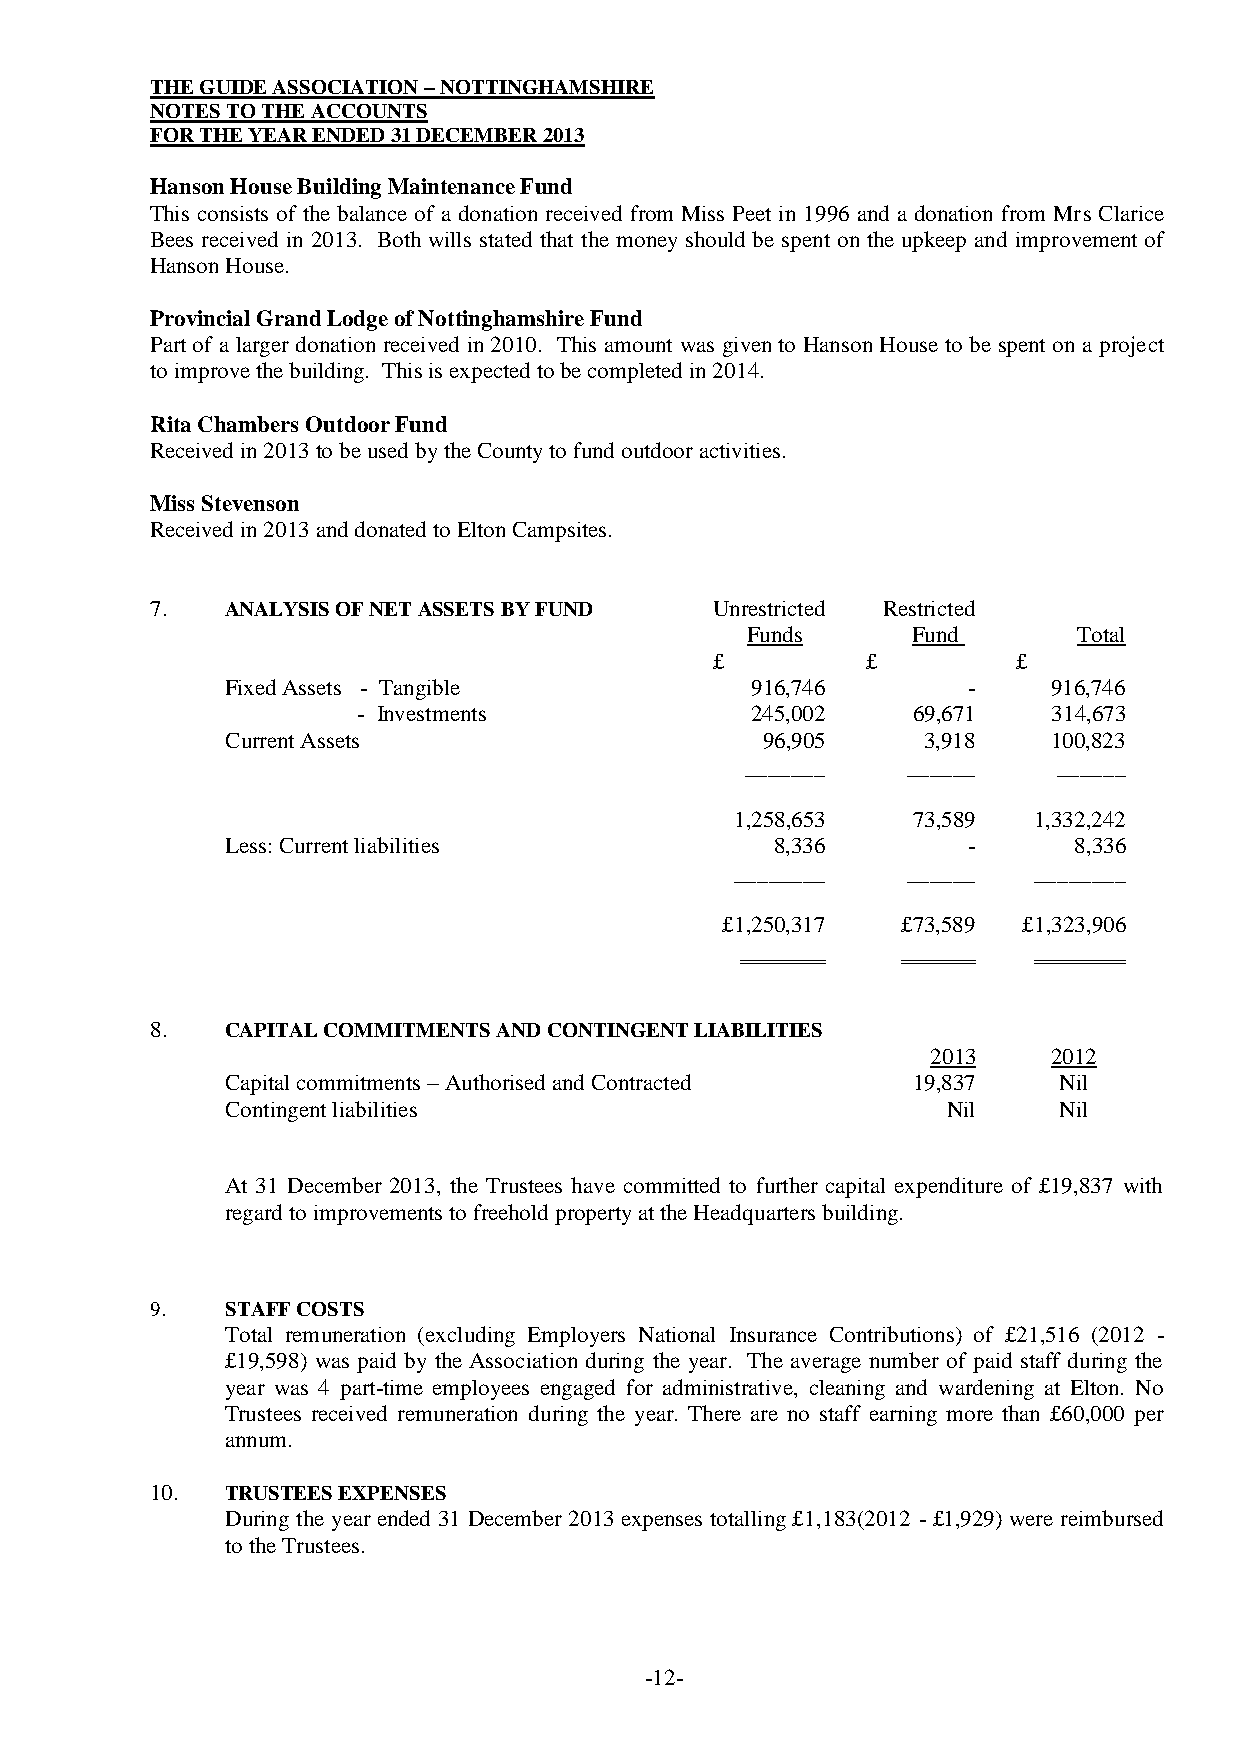
THE GUIDE ASSOCIATION – NOTTINGHAMSHIRE
 NOTES TO THE ACCOUNTS
 FOR THE YEAR ENDED 31 DECEMBER 2013
 Hanson House Building Maintenance Fund
 This consists of the balance of a donation received from Miss Peet in 1996 and a donation from Mrs Clarice
 Bees received in 2013. Both wills stated that the money should be spent on the upkeep and improvement of
 Hanson House.
 Provincial Grand Lodge of Nottinghamshire Fund
 Part of a larger donation received in 2010. This amount was given to Hanson House to be spent on a project
 to improve the building. This is expected to be completed in 2014.
 Rita Chambers Outdoor Fund
 Received in 2013 to be used by the County to fund outdoor activities.
 Miss Stevenson
 Received in 2013 and donated to Elton Campsites.
 7.   ANALYSIS OF NET ASSETS BY FUND  Unrestricted Restricted
 Funds      Fund       Total
 £         £         £
 Fixed Assets - Tangible            916,746       -     916,746
 - Investments             245,002   69,671    314,673
 Current Assets                     96,905     3,918    100,823
 _______    ______    ______
 1,258,653  73,589  1,332,242
 Less: Current liabilities           8,336        -      8,336
 ________   ______  ________
 £1,250,317  £73,589 £1,323,906
 8.   CAPITAL COMMITMENTS AND CONTINGENT LIABILITIES
 2013    2012
 Capital commitments – Authorised and Contracted 19,837 Nil
 Contingent liabilities                          Nil    Nil
 At 31 December 2013, the Trustees have committed to further capital expenditure of £19,837 with
 regard to improvements to freehold property at the Headquarters building.
 9.   STAFF COSTS
 Total remuneration (excluding Employers National Insurance Contributions) of £21,516 (2012 -
 £19,598) was paid by the Association during the year. The average number of paid staff during the
 year was 4 part-time employees engaged for administrative, cleaning and wardening at Elton. No
 Trustees received remuneration during the year. There are no staff earning more than £60,000 per
 annum.
 10.  TRUSTEES EXPENSES
 During the year ended 31 December 2013 expenses totalling £1,183(2012 - £1,929) were reimbursed
 to the Trustees.
 -12-